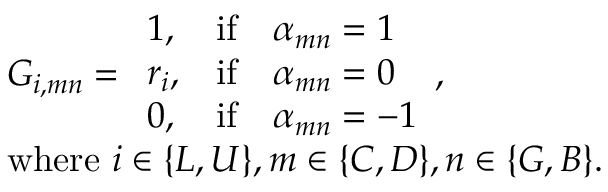
\begin{array} { l } { G _ { i , m n } = \begin{array} { l l l } { 1 , } & { \mathrm { i f } } & { \alpha _ { m n } = 1 } \\ { r _ { i } , } & { \mathrm { i f } } & { \alpha _ { m n } = 0 } \\ { 0 , } & { \mathrm { i f } } & { \alpha _ { m n } = - 1 } \end{array} , } \\ { \mathrm { w h e r e ~ } i \in \{ L , U \} , m \in \{ C , D \} , n \in \{ G , B \} . } \end{array}